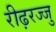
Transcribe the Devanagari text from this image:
रीढ़रज्जु